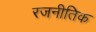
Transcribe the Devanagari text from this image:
रजनीतिक